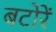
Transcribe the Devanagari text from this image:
बटोरें